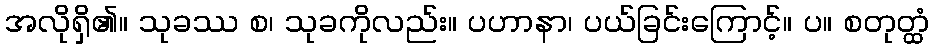
အလိုရှိ၏။ သုခဿ စ၊ သုခကိုလည်း။ ပဟာနာ၊ ပယ်ခြင်းကြောင့်။ ပ။ စတုတ္ထံ